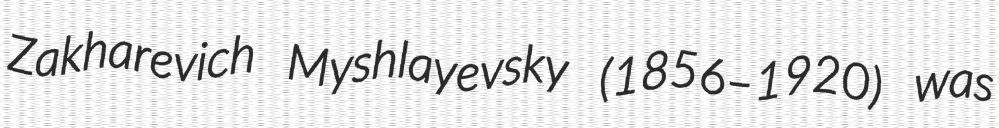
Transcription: Zakharevich Myshlayevsky (1856–1920) was